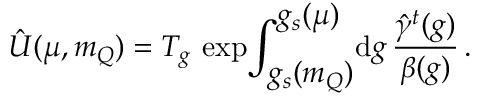
\hat { U } ( \mu , m _ { Q } ) = T _ { g } \, \exp \! \int _ { \displaystyle g _ { s } ( m _ { Q } ) } ^ { \displaystyle g _ { s } ( \mu ) } \! \mathrm { d } g \, { \frac { \hat { \gamma } ^ { t } ( g ) } { \beta ( g ) } } \, .